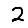
Digit: 2